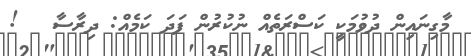
މާގިނައިން ދުވުމަކީ ކަސްރަތެއް ނުކުރުން ފަދަ ކަމެއް: ދިރާސާ   !